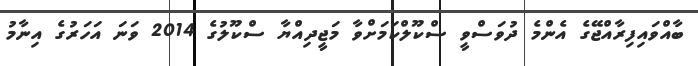
ބާއްވައިފިރާއްޖޭގެ އެންމެ ދުވަސްވީ ސްކޫލްކަމަށްވާ މަޖީދިއްޔާ ސްކޫލުގެ 2014 ވަނަ އަހަރުގެ އިނާމު